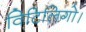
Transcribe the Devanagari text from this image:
विटिलिगो।